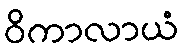
ဝိကာလာယံ